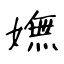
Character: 嫵